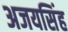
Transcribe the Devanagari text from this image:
अजयसिंह